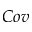
C o v